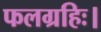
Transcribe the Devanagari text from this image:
फलग्रहिः।